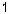
1